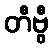
တီဗွီ